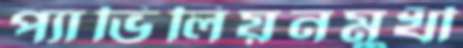
প্যাভিলিয়নমুখী